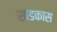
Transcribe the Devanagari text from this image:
खडकास